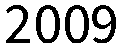
2009